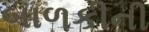
બાળકીની